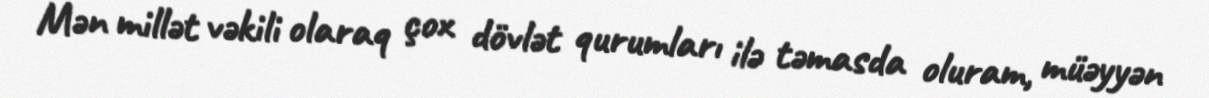
Mən millət vəkili olaraq çox dövlət qurumları ilə təmasda oluram, müəyyən